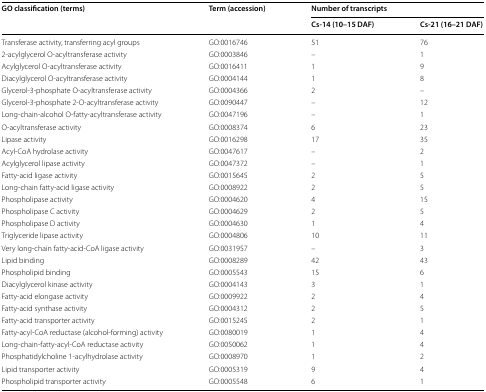
| <ROWSPAN=2> GO classification (terms) | <ROWSPAN=2> Term (accession) | <COLSPAN=2> Number of transcripts |
 | Cs-14 (10–15 DAF) | Cs-21 (16–21 DAF) |
 | --- | --- | --- | --- |
 | Transferase activity, transferring acyl groups | GO:0016746 | 51 | 76 |
 | 2-acylglycerol O-acyltransferase activity | GO:0003846 | – | 1 |
 | Acylglycerol O-acyltransferase activity | GO:0016411 | 1 | 9 |
 | Diacylglycerol O-acyltransferase activity | GO:0004144 | 1 | 8 |
 | Glycerol-3-phosphate O-acyltransferase activity | GO:0004366 | 2 | – |
 | Glycerol-3-phosphate 2-O-acyltransferase activity | GO:0090447 | – | 12 |
 | Long-chain-alcohol O-fatty-acyltransferase activity | GO:0047196 | – | 1 |
 | O-acyltransferase activity | GO:0008374 | 6 | 23 |
 | Lipase activity | GO:0016298 | 17 | 35 |
 | Acyl-CoA hydrolase activity | GO:0047617 | – | 2 |
 | Acylglycerol lipase activity | GO:0047372 | – | 1 |
 | Fatty-acid ligase activity | GO:0015645 | 2 | 5 |
 | Long-chain fatty-acid ligase activity | GO:0008922 | 2 | 5 |
 | Phospholipase activity | GO:0004620 | 4 | 15 |
 | Phospholipase C activity | GO:0004629 | 2 | 5 |
 | Phospholipase D activity | GO:0004630 | 1 | 4 |
 | Triglyceride lipase activity | GO:0004806 | 10 | 11 |
 | Very long-chain fatty-acid-CoA ligase activity | GO:0031957 | – | 3 |
 | Lipid binding | GO:0008289 | 42 | 43 |
 | Phospholipid binding | GO:0005543 | 15 | 6 |
 | Diacylglycerol kinase activity | GO:0004143 | 3 | 1 |
 | Fatty-acid elongase activity | GO:0009922 | 2 | 4 |
 | Fatty-acid synthase activity | GO:0004312 | 2 | 5 |
 | Fatty-acid transporter activity | GO:0015245 | 2 | 1 |
 | Fatty-acyl-CoA reductase (alcohol-forming) activity | GO:0080019 | 1 | 4 |
 | Long-chain-fatty-acyl-CoA reductase activity | GO:0050062 | 1 | 4 |
 | Phosphatidylcholine 1-acylhydrolase activity | GO:0008970 | 1 | 2 |
 | Lipid transporter activity | GO:0005319 | 9 | 4 |
 | Phospholipid transporter activity | GO:0005548 | 6 | 1 |